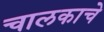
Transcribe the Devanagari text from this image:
चालकाचे